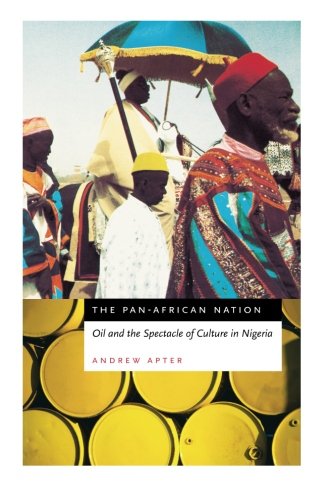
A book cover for The Pan-African Nation: Oil and the Spectacle of Culture in Nigeria; Andrew Apter; History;